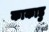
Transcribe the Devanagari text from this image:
काकाडु